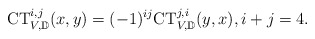
\begin{align*}\mathrm{CT}_{V,\mathbb D}^{i,j}(x,y)=(-1)^{ij}\mathrm{CT}_{V,\mathbb D}^{j,i}(y,x),i+j=4.\end{align*}